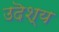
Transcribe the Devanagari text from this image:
उदॆश्य